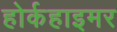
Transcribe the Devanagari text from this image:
होर्कहाइमर